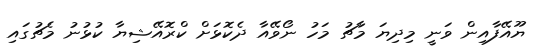
ޔޫއޭފާއިން ވަނީ މިދިޔަ މާޗު މަހު ނޯވޭއާ ދެކޮޅަށް ކްރޮއޭޝިޔާ ކުޅުނު މެޗުގައި